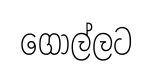
ගොල්ලට